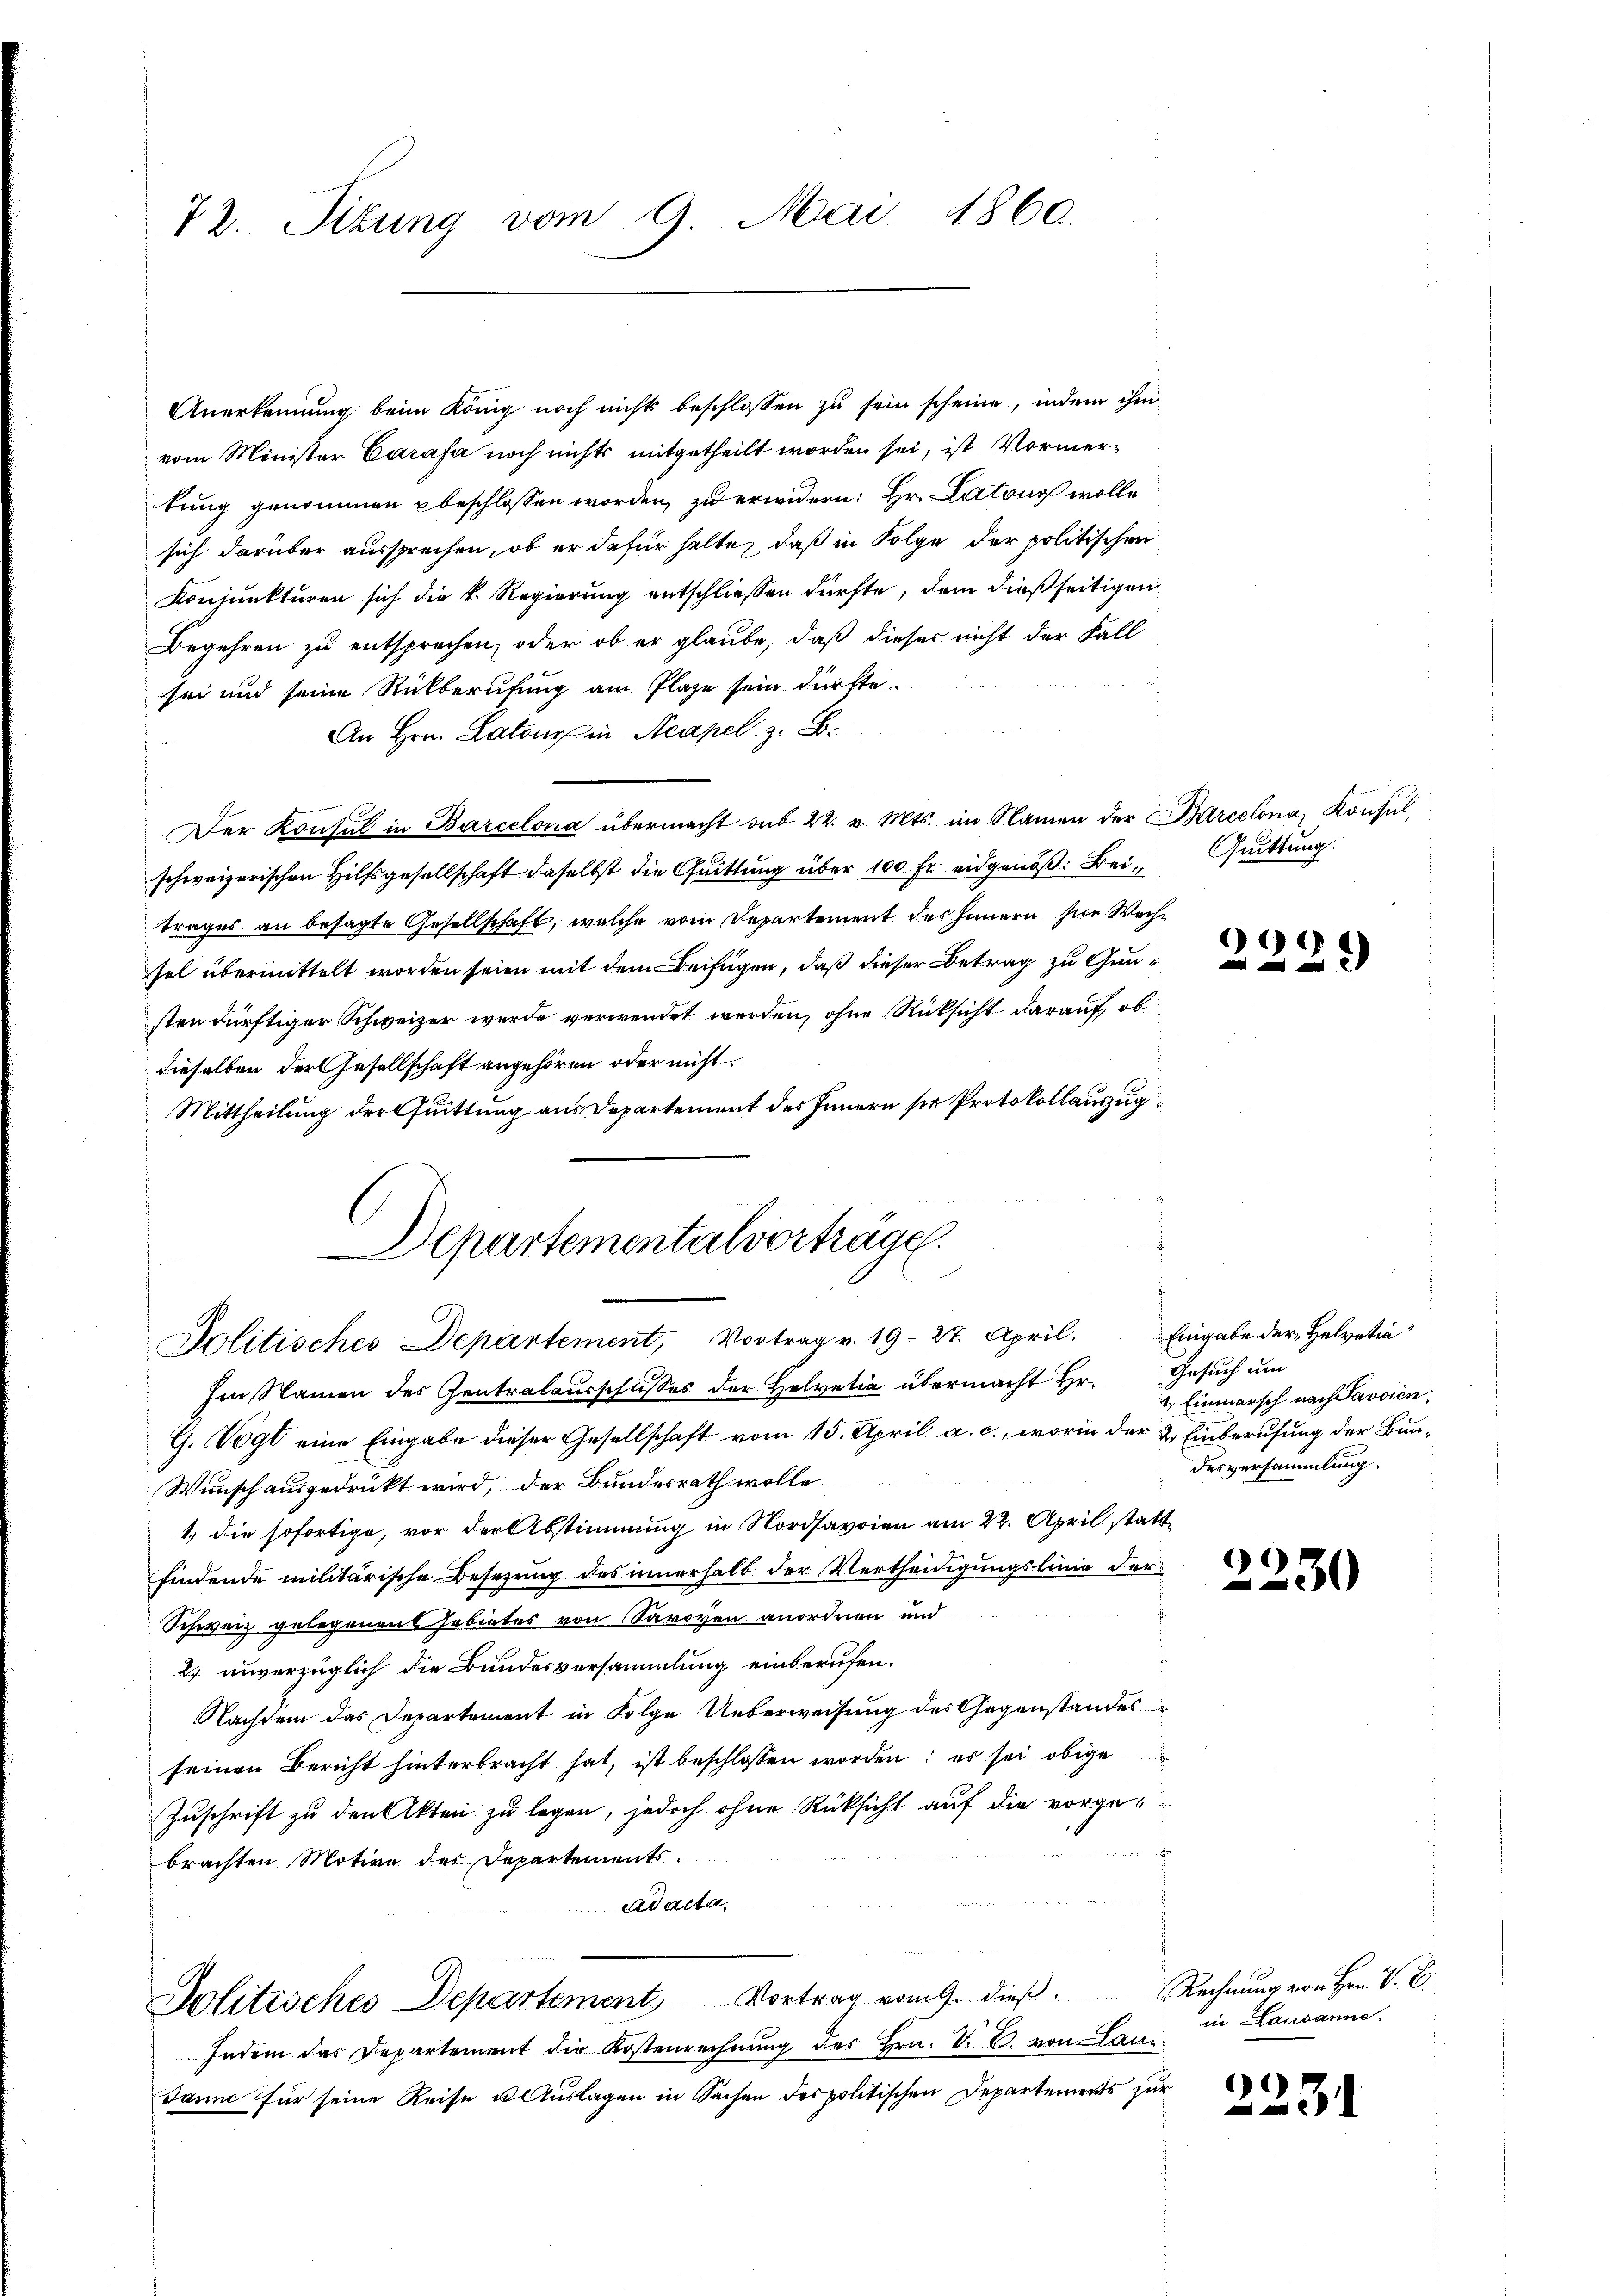
72. Situng vom 9. Mai 1860.

Anerkennung beim König noch nicht beschlossen zu sein scheine, indem ihm
vom Minister Carafa noch nichts mitgetheilt worden sei, ist Vormertung genommen beschlossen worden, zu erwidern: Hr. Latons wolle
sich darüber aussprechen, ob er dafür halte, daß in Folge der politischen
Konjunkturen sich die k. Regierung entschliessen dürfte, dem dießseitigen
Begehren zu entsprechen, oder ob er glaube, daß dieses nicht der Fall
sei und seine Rückberufung am Plaze sein dürfte.
An Hrn. Latone in Neapel z. B.
Der Konsul in Barcelona übermacht sub 22. v. Mts. im Namen der Barcelona, Konsul,
schweizerischen Hilfsgesellschaft daselbst die Quittung über 100 Fr. eidgenöß. Beitrages an besagte Gesellschaft, welche vom Departement des Innern zur Woche
sel übermittelt worden seien mit dem Beifügen, daß dieser Betrag zu Gunsten dürftiger Schweizer wurde verwendet werden, ohne Rücksicht darauf, ob
dieselben der Gesellschaft angehören oder nicht
Mittheilung der Quittung aus Departement des Innern sie Protokollauszug
Departementalvortrage.

Politisches Departement, Vortrag v. 1927. April.

Im Namen des Zentralausschusses der Helvetia übermacht Hr.
G. Vogt eine Eingabe dieser Gesellschaft vom 15. April a. c., worin der 2. Einberufung der Bun¬
Wunsch ausgedruckt wird, der Bundesrath wolle
1.) die sofortige, vor der Abstimmung in Nordsavoien am 22. April stattfindende militärische Besetzung des innerhalb der Vertheidigungslinie der
Schweiz gelegenen Gebietes von Saroven anordnen und
2. unverzüglich die Bundesversammlung einberufen.
Nachdem das Departement in Folge Ueberweisung des Gegenstandes
seinen Bericht hinterbracht hat, ist beschlossen worden; er sei obige
Zuschrift zu den Akten zu legen, jedoch ohne Rücksicht auf die vorge¬

brachten Motive des Departements.
adacta,

Indem das Departement die Kostenrechnŭng des Hrn. V. C. von Lani-
Janne für seine Reise u. Auslagen in Sachen des politischen Departements zur

Politisches Departement, Vortrag vom 9. dieβ. Rechnŭng von Hrn. V. B.

Quittung.

99)

Eingabe der Helvetia
Gesuch um
1.) Einmarsch nach Savvien
desversammlung.

29

30

in Lausanne.

2231

)